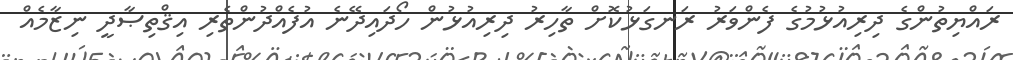
ރައްޔިތުންގެ ދިރިއުޅުމުގެ ފެންވަރު ރަނގަޅުކޮށް ތާހިރު ދިރިއުޅުން ހޯދައިދޭނެ އުފެއްދުންތެރި އިޤްތިޞާދީ ނިޒާމެއް